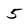
Character: 5